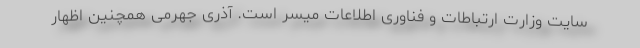
سایت وزارت ارتباطات و فناوری اطلاعات میسر است. آذری جهرمی همچنین اظهار